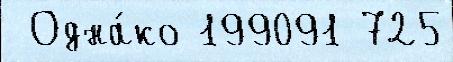
 Одна́ко 199091 725